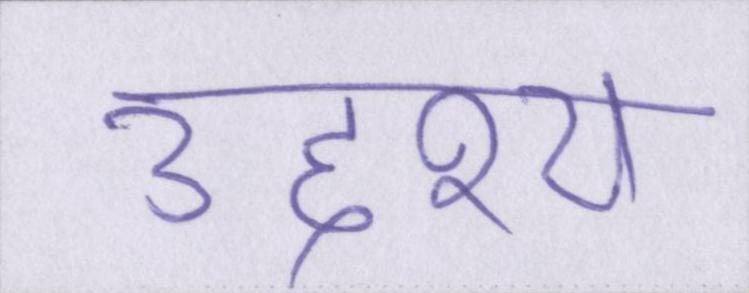
उद्देश्य